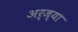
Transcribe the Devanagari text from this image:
अर्ज्या